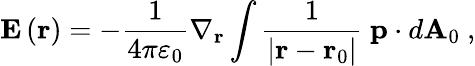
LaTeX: \mathbf{E}\left(\mathbf{r}\right)=-{\frac{1}{4\pi\varepsilon_{0}}}\nabla_{\mathbf{r}}\int{\frac{1}{\left|\mathbf{r}-\mathbf{r}_{0}\right|}}\ \mathbf{p}\cdot d\mathbf{A}_{0}\ ,